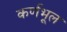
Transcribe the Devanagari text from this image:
कर्णभूल